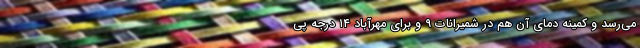
می‌رسد و کمینه دمای آن هم در شمیرانات ۹ و برای مهرآباد ۱۴ درجه پی